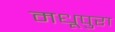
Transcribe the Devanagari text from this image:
मधूपुरा